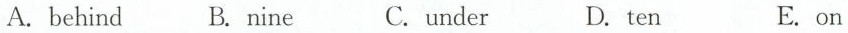
A.behind B.nine C.under D.ten E.on